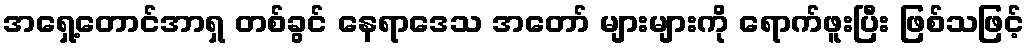
အရှေ့တောင်အာရှ တစ်ခွင် နေရာဒေသ အတော် များများကို ရောက်ဖူးပြီး ဖြစ်သဖြင့်